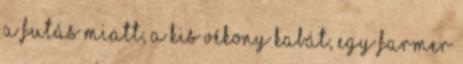
a futás miatt, a kis vékony kabát, egy farmer